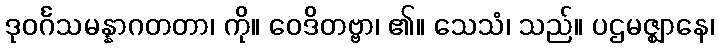
ဒုဝင်္ဂသမန္နာဂတတာ၊ ကို။ ဝေဒိတဗ္ဗာ၊ ၏။ သေသံ၊ သည်။ ပဌမဇ္ဈာနေ၊